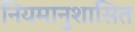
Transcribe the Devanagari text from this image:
नियमानुशासित